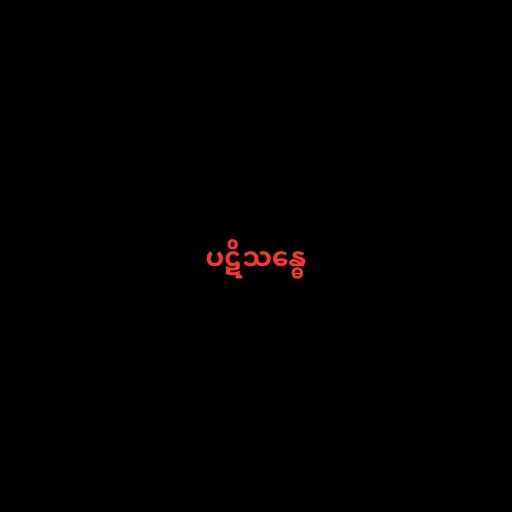
ပဋိသန္ဓေ